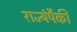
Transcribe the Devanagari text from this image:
राज्यंपैकी